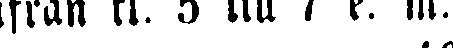
ifrån kl. 5 till 7 e. m.